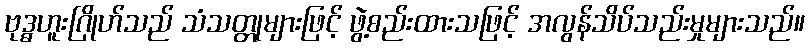
ဗုဒ္ဓဟူးဂြိုဟ်သည် သံသတ္တုများဖြင့် ဖွဲ့စည်းထားသဖြင့် အလွန်သိပ်သည်းမှုများသည်။